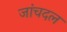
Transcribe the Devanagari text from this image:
जांचदल